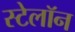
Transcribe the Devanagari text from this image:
स्टेलॉन